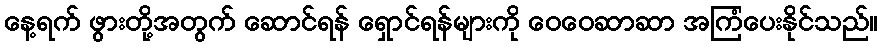
နေ့ရက် ဖွားတို့အတွက် ဆောင်ရန် ရှောင်ရန်များကို ဝေဝေဆာဆာ အကြံပေးနိုင်သည်။